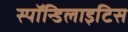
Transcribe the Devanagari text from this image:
स्पॉन्डिलाइटिस